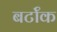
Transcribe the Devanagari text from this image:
बर्टॉक